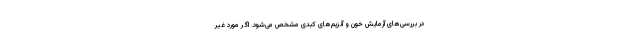
در بررسی‌های آزمایش خون و آنزیم‌های کبدی مشخص می‌شود. اگر مورد غیر